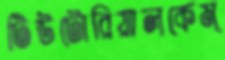
টিউটোরিয়ালকেম্